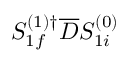
S _ { 1 f } ^ { ( 1 ) \dagger } \overline { { D } } S _ { 1 i } ^ { ( 0 ) }